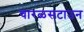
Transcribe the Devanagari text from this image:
चारळसटाउन